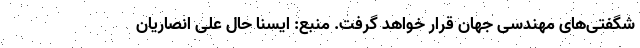
شگفتی‌های مهندسی جهان قرار خواهد گرفت. منبع: ایسنا حال علی انصاریان